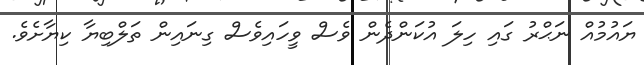
ޔައުމުއް ނަޙްރު ގައި ހިލަ އުކަންދެން ވެސް ވީހައިވެސް ގިނައިން ތަލްބިޔާ ކިޔާށެވެ.